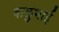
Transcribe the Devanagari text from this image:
बाळुभाई